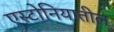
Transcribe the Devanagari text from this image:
एस्टोनियातील